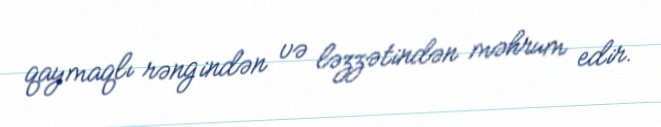
qaymaqlı rəngindən və ləzzətindən məhrum edir.